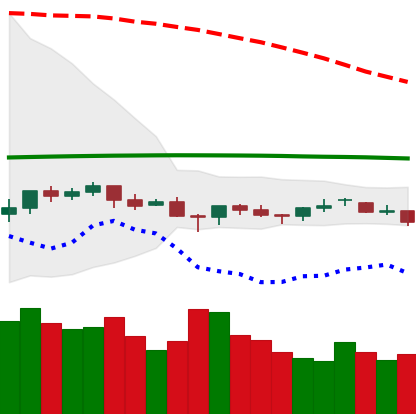
Ticker: LTC-USD
Chart end date: 2021-06-18
Forward return: -17.704%
Label: down_7plus